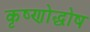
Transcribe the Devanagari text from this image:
कृष्णोद्घोष